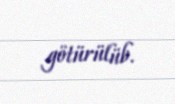
götürülüb.